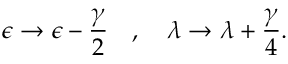
\epsilon \rightarrow \epsilon - \frac { \gamma } { 2 } \ \ \ , \ \ \ \lambda \rightarrow \lambda + \frac { \gamma } { 4 } .